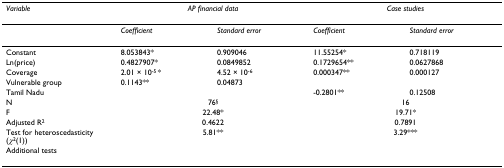
<table><thead><tr><td><b><i>Variable</i></b></td><td colspan="2"><b><i>AP financial data</i></b></td><td colspan="2"><b><i>Case studies</i></b></td></tr></thead><tbody><tr><td></td><td><i>Coefficient</i></td><td><i>Standard error</i></td><td><i>Coefficient</i></td><td><i>Standard error</i></td></tr><tr><td>Constant</td><td>8.053843*</td><td>0.909046</td><td>11.55254*</td><td>0.718119</td></tr><tr><td>Ln(price)</td><td>0.4827907*</td><td>0.0849852</td><td>0.1729654**</td><td>0.0627868</td></tr><tr><td>Coverage</td><td>2.01 × 10<sup>-5 </sup>*</td><td>4.52 × 10<sup>-6</sup></td><td>0.000347**</td><td>0.000127</td></tr><tr><td>Vulnerable group</td><td>0.1143**</td><td>0.04873</td><td></td><td></td></tr><tr><td>Tamil Nadu</td><td></td><td></td><td>-0.2801**</td><td>0.12508</td></tr><tr><td>N</td><td colspan="2">76<sup>§</sup></td><td colspan="2">16</td></tr><tr><td>F</td><td colspan="2">22.48*</td><td colspan="2">19.71*</td></tr><tr><td>Adjusted R<sup>2</sup></td><td colspan="2">0.4622</td><td colspan="2">0.7891</td></tr><tr><td>Test for heteroscedasticity (<i>χ</i><sup>2</sup>(1))</td><td colspan="2">5.81**</td><td colspan="2">3.29***</td></tr><tr><td>Additional tests</td><td></td><td></td><td></td><td></td></tr></tbody></table>